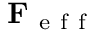
\mathbf { F } _ { \mathrm { ~ e ~ f ~ f ~ } }